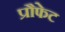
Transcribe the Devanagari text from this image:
प्रौफेट